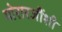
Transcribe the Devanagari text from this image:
मोरारजींशी